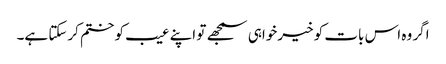
اگر وہ اس بات کو خیرخواہی سمجھے تو اپنے عیب کو ختم کرسکتا ہے۔